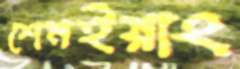
শেনইয়াং